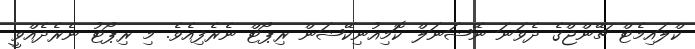
ކްލައިމެޓް ޗޭންޖްގެ ދެވަނަ ނޭޝަނަލް ކޮމިއުނިކޭޝަން ރިޕޯޓް ނެރެފިއެވެ. މި ރިޕޯޓު ނެރެދެއްވީ